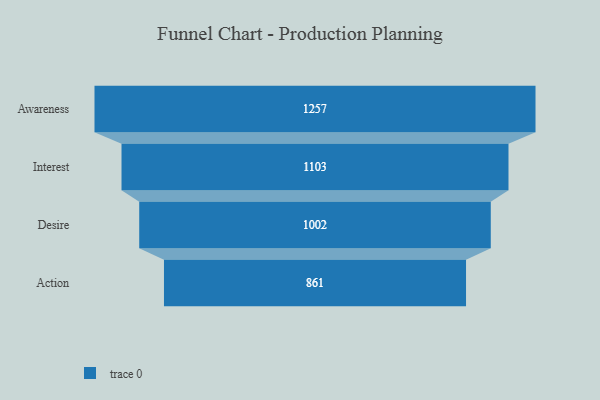
{"axis": {"x": "Stage", "y": "Value"}, "legend": [""], "data": [{"x": "Awareness", "y": 1257.0, "type": ""}, {"x": "Interest", "y": 1103.0, "type": ""}, {"x": "Desire", "y": 1002.0, "type": ""}, {"x": "Action", "y": 861.0, "type": ""}]}